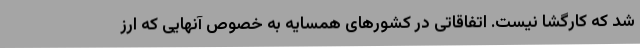
شد که کارگشا نیست. اتفاقاتی در کشورهای همسایه به خصوص آنهایی که ارز